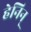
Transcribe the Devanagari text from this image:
हेनिन्